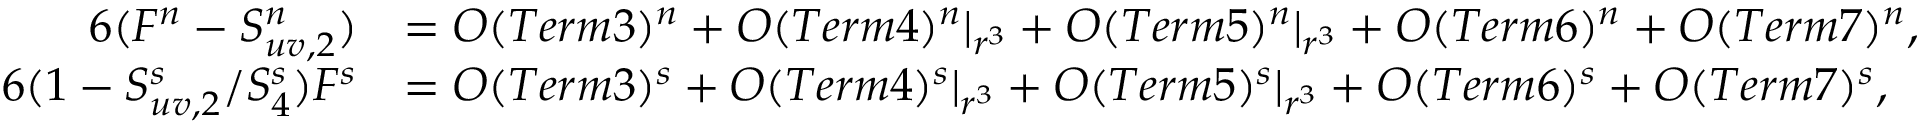
\begin{array} { r l } { { 6 ( F ^ { n } - S _ { u v , 2 } ^ { n } ) } } & { = { \cal O } ( T e r m 3 ) ^ { n } + { \cal O } ( T e r m 4 ) ^ { n } | _ { r ^ { 3 } } + { \cal O } ( T e r m 5 ) ^ { n } | _ { r ^ { 3 } } + { \cal O } ( T e r m 6 ) ^ { n } + { \cal O } ( T e r m 7 ) ^ { n } , } \\ { { 6 ( 1 - S _ { u v , 2 } ^ { s } / S _ { 4 } ^ { s } ) F ^ { s } } } & { = { \cal O } ( T e r m 3 ) ^ { s } + { \cal O } ( T e r m 4 ) ^ { s } | _ { r ^ { 3 } } + { \cal O } ( T e r m 5 ) ^ { s } | _ { r ^ { 3 } } + { \cal O } ( T e r m 6 ) ^ { s } + { \cal O } ( T e r m 7 ) ^ { s } , } \end{array}